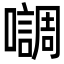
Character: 𭌄